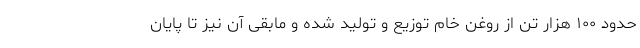
حدود ۱۰۰ هزار تن از روغن خام توزیع و تولید شده و مابقی آن نیز تا پایان